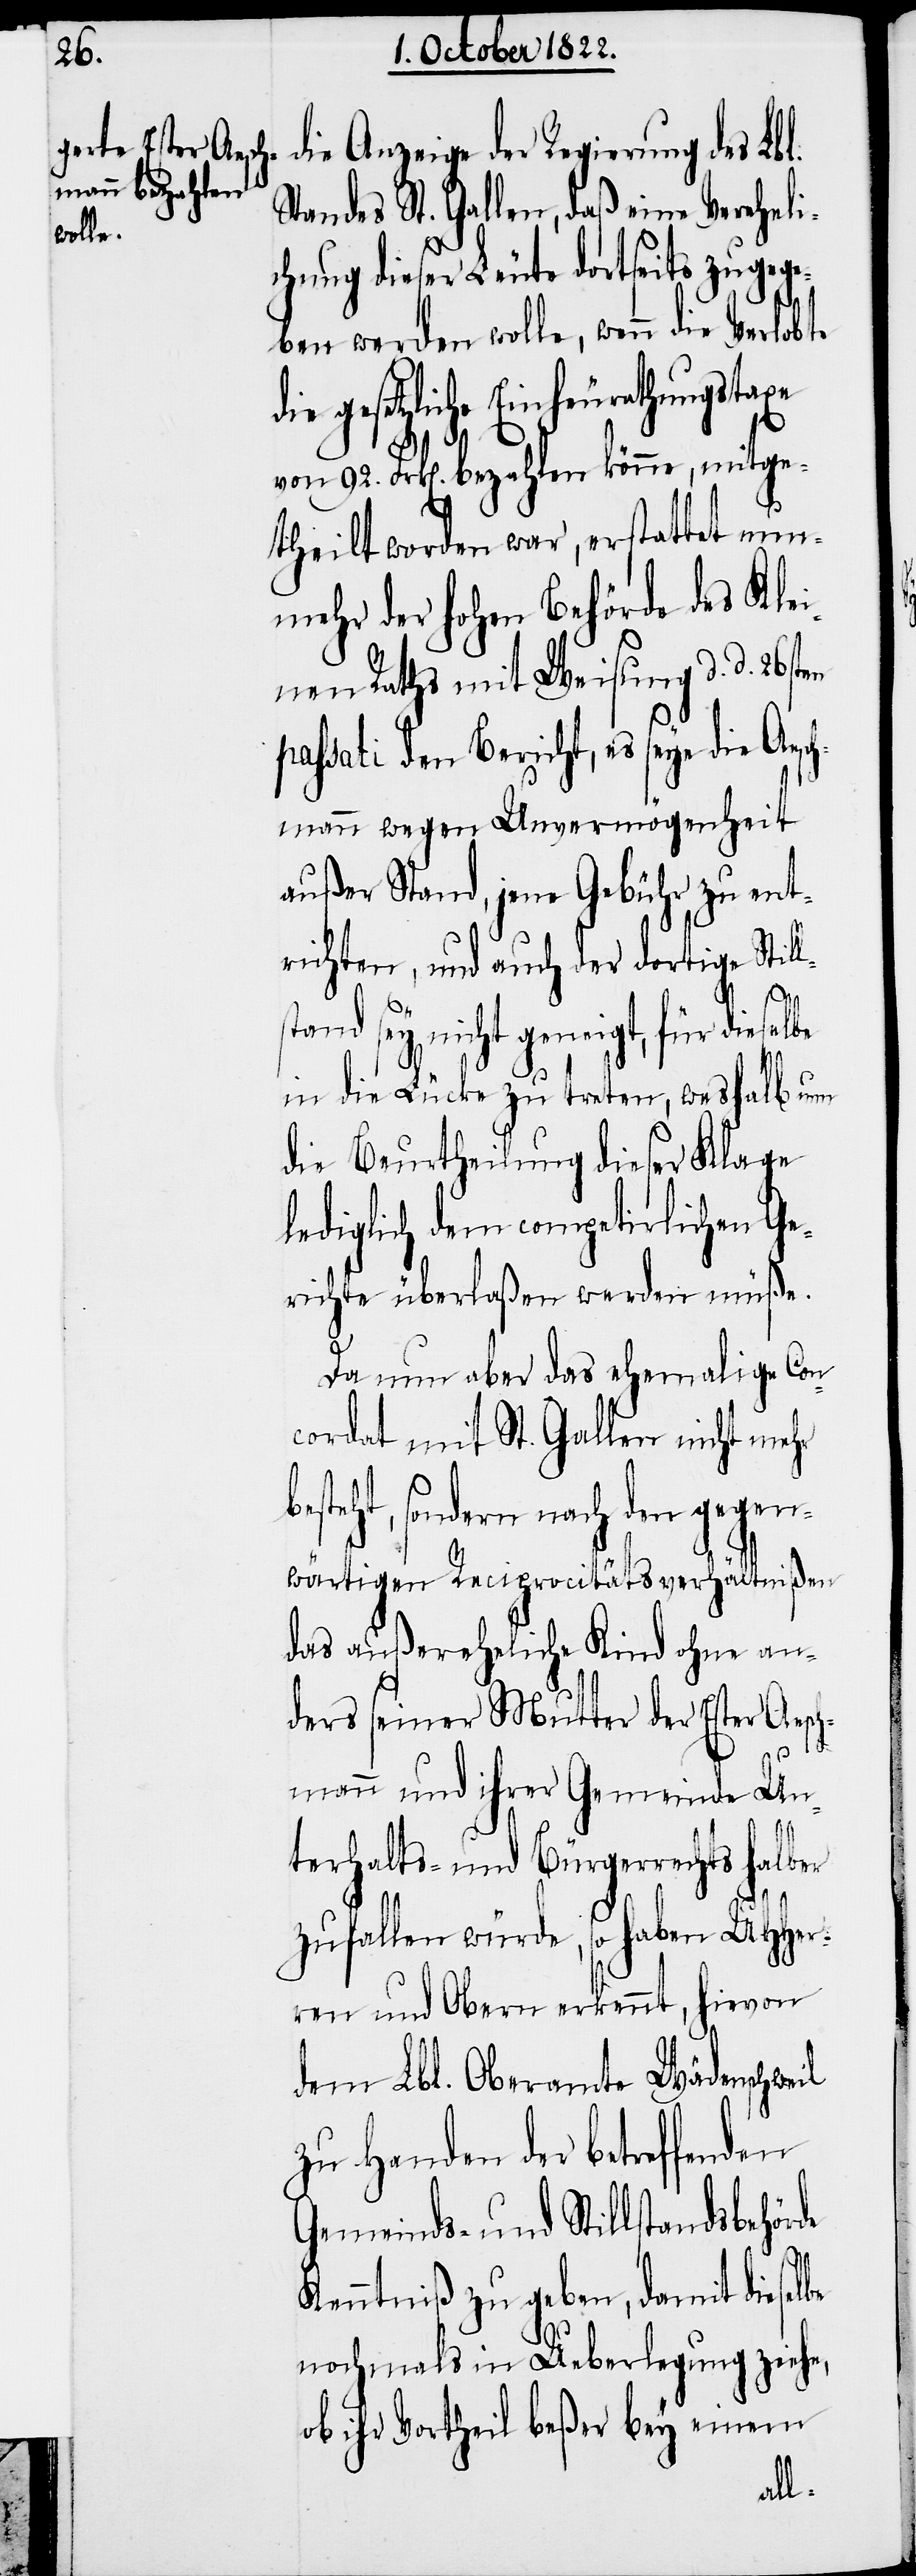
die Anzeige der Regierung des Lbl.
Standes St. Gallen, daß eine Vereheli¬
chung dieser Leute dortseits zugege¬
ben werden wolle, wenn die Verlobte
die gesetzliche Einheurathungstaxe
von 92. Frk[en]. bezahlen könne, mitge¬
theilt worden war, erstattet nun¬
mehr der hohen Behörde des Klei¬
nen Raths mit Weisung d. d. 26sten
passati den Bericht, es seye die Aesc¬
hmann wegen Unvermögenheit
außer Stand, jene Gebühr zu ent¬
richten, und auch der dortige Stil¬
stand sey nicht geneigt, für diesel¬
in die Lücke zu treten, weshalb nun
die Beurtheilung dieser Klage
lediglich dem competirlichen Ge¬
richte überlaßen werden müße.
Da nun aber das ehemalige Con¬
cordat mit St. Gallen nicht mehr
teht, sondern nach den gegen¬
wärtigen Reciprocitätsverhältnißen
das außereheliche Kinde ohne an¬
ders seiner Mutter der Ester Aesch¬
mann und ihrer Gemeinde Un¬
terhalts- und Bürgerrechts halber
zufallen würde, so haben UHHer¬
ren und Obern erkennt, hievon
dem Lbl. Oberamte Wädenschweil
zu Handen der betreffenden
Gemeinds- und Stillstandsbehörde
Kenntniß zu geben, damit dieselbe
nochmals in Ueberlegung ziehe,
ob ihr Vortheil beßer bey einem
bes¬